Insane asylums in Bengal annual reports 1867-1875 - 1867-1875
Year: 1867
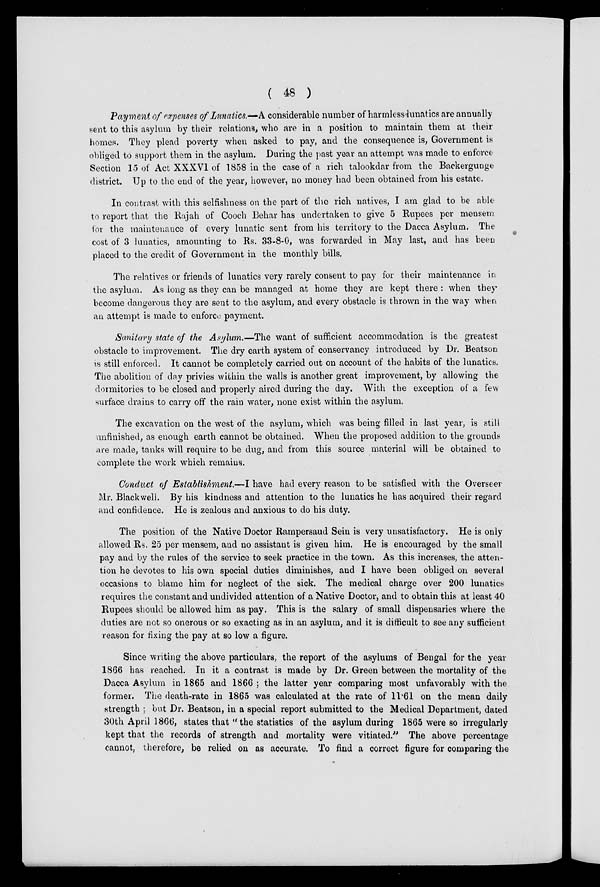
( 48 )
Payment of expenses of Lunatics.—A considerable number of harmless lunatics are annually
sent to this asylum by their relations, who are in a position to maintain them at their
homes. They plead poverty when asked to pay, and the consequence is, Government is
obliged to support them in the asylum. During the past year an attempt was made to enforce
Section 15 of Act XXXVI of 1858 in the case of a rich talookdar from the Backergunge
district. Up to the end of the year, however, no money had been obtained from his estate.
In contrast with this selfishness on the part of the rich natives, I am glad to be able
to report that the Rajah of Cooch Behar has undertaken to give 5 Rupees per mensem
for the maintenance of every lunatic sent from his territory to the Dacca Asylum. The
cost of 3 lunatics, amounting to Rs. 33-8-0, was forwarded in May last, and has been
placed to the credit of Government in the monthly bills.
The relatives or friends of lunatics very rarely consent to pay for their maintenance in
the asylum. As long as they can be managed at home they are kept there : when they
become dangerous they are sent to the asylum, and every obstacle is thrown in the way when
an attempt is made to enforce payment.
Sanitary state of the Asylum.—The want of sufficient accommodation is the greatest
obstacle to improvement. The dry earth system of conservancy introduced by Dr. Beatson
is still enforced. It cannot be completely carried out on account of the habits of the lunatics.
The abolition of day privies within the walls is another great improvement, by allowing the
dormitories to be closed and properly aired during the day. With the exception of a few
surface drains to carry off the rain water, none exist within the asylum.
The excavation on the west of the asylum, which was being filled in last year, is still
unfinished, as enough earth cannot be obtained. When the proposed addition to the grounds
are made, tanks will require to be dug, and from this source material will be obtained to
complete the work which remains.
Conduct of Establishment.—I have had every reason to be satisfied with the Overseer
Mr. Black well. By his kindness and attention to the lunatics he has acquired their regard
and confidence. He is zealous and anxious to do his duty.
The position of the Native Doctor Rampersaud Sein is very unsatisfactory. He is only
allowed Rs. 25 per mensem, and no assistant is given him. He is encouraged by the small
pay and by the rules of the service to seek practice in the town. As this increases, the atten-
tion he devotes to his own special duties diminishes, and I have been obliged on several
occasions to blame him for neglect of the sick. The medical charge over 200 lunatics
requires the constant and undivided attention of a Native Doctor, and to obtain this at least 40
Rupees should be allowed him as pay. This is the salary of small dispensaries where the
duties are not so onerous or so exacting as in an asylum, and it is difficult to see any sufficient
reason for fixing the pay at so low a figure.
Since writing the above particulars, the report of the asylums of Bengal for the year
1866 has reached. In it a contrast is made by Dr. Green between the mortality of the
Dacca Asylum in 1865 and 1866; the latter year comparing most unfavorably with the
former. The death-rate in 1865 was calculated at the rate of 11.61 on the mean daily
strength ; but Dr. Beatson, in a special report submitted to the Medical Department, dated
30th April 1866, states that " the statistics of the asylum during 1865 were so irregularly
kept that the records of strength and mortality were vitiated." The above percentage
cannot, therefore, be relied on as accurate. To find a correct figure for comparing the